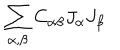
\sum _ { \alpha , \beta } C _ { \alpha \beta } J _ { \alpha } J _ { \beta }